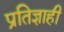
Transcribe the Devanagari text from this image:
प्रतिज्ञाही